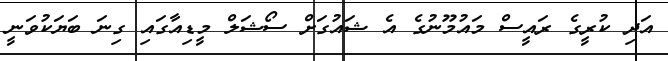
އަދި ކުރީގެ ރައީސް މައުމޫނުގެ އެ ޝައުގަށް ސޯޝަލް މީޑިއާގައި ގިނަ ބަޔަކުވަނީ